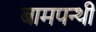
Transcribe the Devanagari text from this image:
बामपन्थी